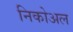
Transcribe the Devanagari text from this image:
निकोअल